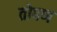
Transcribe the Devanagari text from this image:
तोषण